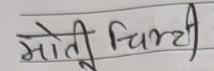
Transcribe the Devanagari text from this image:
मोती चिट्ठी